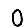
Digit: 0